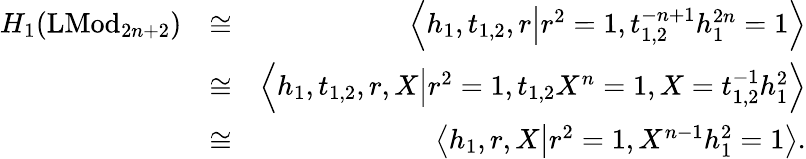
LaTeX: \begin{array}{rlr}{H_{1}(\mathrm{LMod}_{2n+2})}&{\cong}&{\left<h_{1},t_{1,2},r\middle|r^{2}=1,t_{1,2}^{-n+1}h_{1}^{2n}=1\right>}\\ &{\cong}&{\left<h_{1},t_{1,2},r,X\middle|r^{2}=1,t_{1,2}X^{n}=1,X=t_{1,2}^{-1}h_{1}^{2}\right>}\\ &{\cong}&{\left<h_{1},r,X\middle|r^{2}=1,X^{n-1}h_{1}^{2}=1\right>.}\end{array}